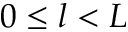
0 \leq l < L